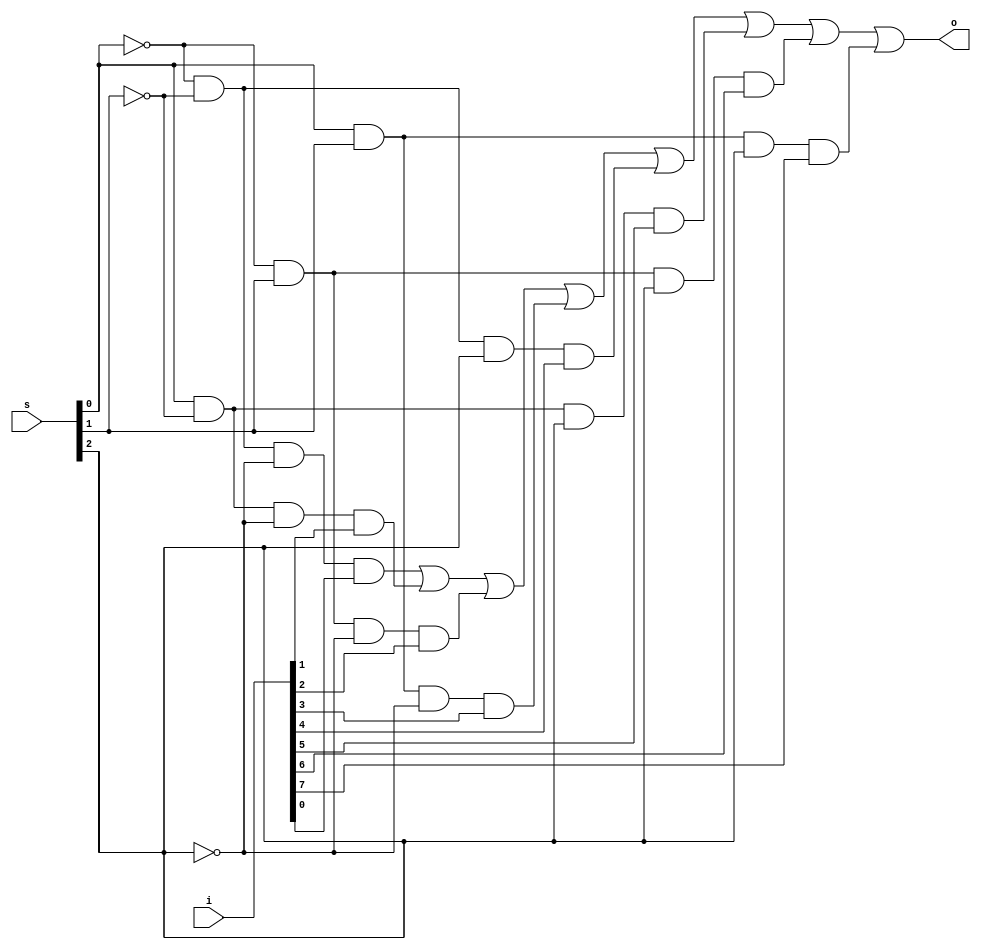
module mux(o,s,i);
	input [7:0] i;
	input [2:0] s;
	output o;
	wire s0,s1,s2,a1,a2,a3,a4,a5,a6,a7,a8;
		not N1(s0,s[0]);
		not N2(s1,s[1]);
		not N3(s2,s[2]);
		and A1(a1,s0,s1,s2,i[0]);
		and A2(a2,s[0],s1,s2,i[1]);
		and A3(a3,s0,s[1],s2,i[2]);
		and A4(a4,s[0],s[1],s2,i[3]);
		and A5(a5,s0,s1,s[2],i[4]);
		and A6(a6,s[0],s1,s[2],i[5]);
		and A7(a7,s0,s[1],s[2],i[6]);
		and A8(a8,s[0],s[1],s[2],i[7]);
		or O1(o,a1,a2,a3,a4,a5,a6,a7,a8);
endmodule